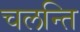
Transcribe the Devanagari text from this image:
चलन्ति